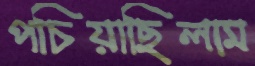
পচিয়াছিলাম